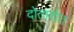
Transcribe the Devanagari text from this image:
दोतारोत